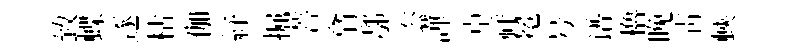
致蝶逐枯伽紓掘菩翕鄠厺譁卓祥冕号谱櫓晚青蛺